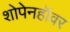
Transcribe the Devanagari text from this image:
शोपेनहॉवर